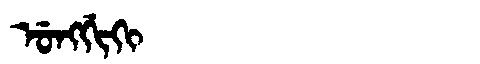
Manchu: ᡠᠩᡤᡳᡴᡳ
Romanization: UNGGIKI